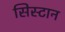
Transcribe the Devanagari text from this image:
सिस्टान